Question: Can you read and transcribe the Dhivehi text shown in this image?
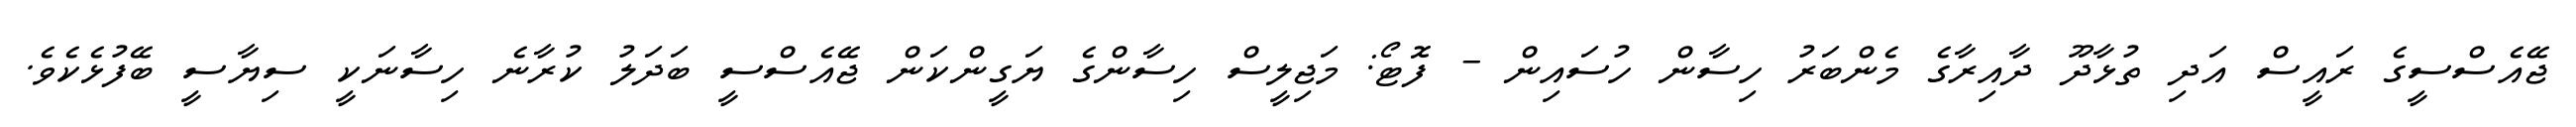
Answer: ޖޭއެސްސީގެ ރައީސް އަދި ތުޅާދޫ ދާއިރާގެ މެންބަރު ހިސާން ހުސައިން - ފޮޓޯ: މަޖިލީސް ހިސާންގެ ޔަގީންކަން ޖޭއެސްސީ ބަދަލު ކުރާނެ ހިސާނަކީ ސިޔާސީ ބޭފުޅެކެވެ.